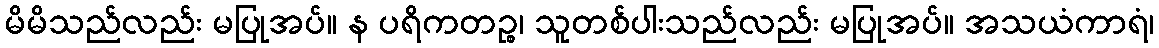
မိမိသည်လည်း မပြုအပ်။ န ပရိကတဉ္စ၊ သူတစ်ပါးသည်လည်း မပြုအပ်။ အသယံကာရံ၊